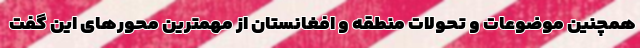
همچنین موضوعات و تحولات منطقه و افغانستان از مهمترین محورهای این گفت